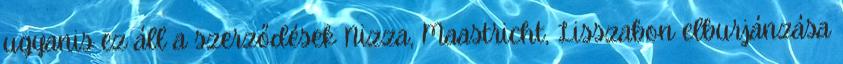
ugyanis ez áll a szerződések Nizza, Maastricht, Lisszabon elburjánzása